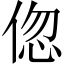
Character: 𬾠